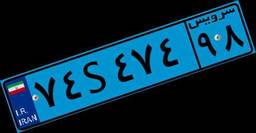
۹۱S۶۳۴۸۳